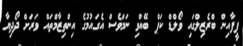
ފީފާއިން ބްރެޒިލްގައި ވޯލްޑް ކަޕް ބޭއްވި ނަމަވެސް އެގައުމުގެ އިންތިޒާމްތައް ވަރަށް ދޯދިޔާ